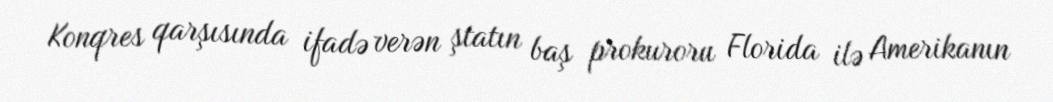
Konqres qarşısında ifadə verən ştatın baş prokuroru Florida ilə Amerikanın